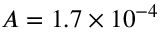
A = 1 . 7 \times 1 0 ^ { - 4 }